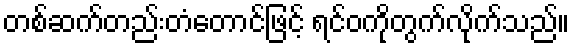
တစ်ဆက်တည်းတံတောင်ဖြင့် ရင်ဝကိုတွက်လိုက်သည်။